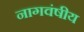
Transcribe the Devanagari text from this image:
नागवंषीय